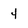
Character: 4